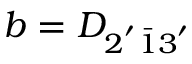
b = D _ { 2 ^ { ' } \bar { 1 } 3 ^ { ' } }